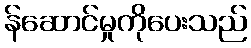
န်ဆောင်မှုကိုပေးသည်